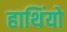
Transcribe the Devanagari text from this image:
हाथिंयो